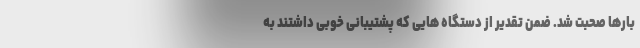
بارها صحبت شد. ضمن تقدیر از دستگاه هایی که پشتیبانی خوبی داشتند به